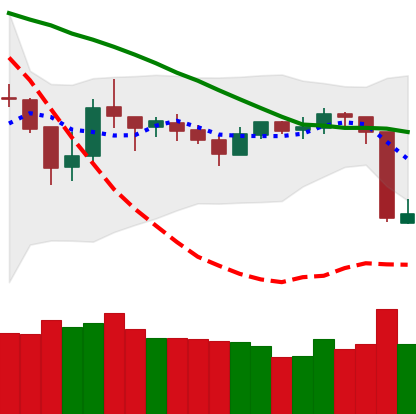
Ticker: BTC-USD
Chart end date: 2018-10-12
Forward return: 4.301%
Label: up_3_5